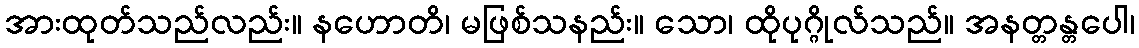
အားထုတ်သည်လည်း။ နဟောတိ၊ မဖြစ်သနည်း။ သော၊ ထိုပုဂ္ဂိုလ်သည်။ အနတ္တန္တပေါ၊